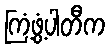
ကြံ့ဖွံ့ပါတီက